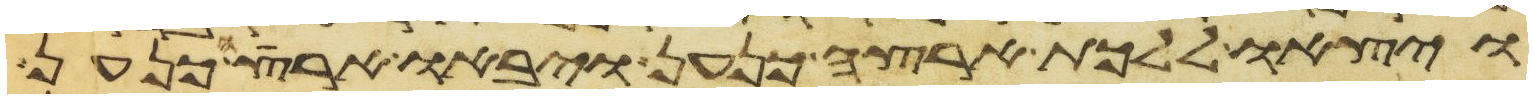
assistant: ויצאו ללכת ארצה כנען ויבאו ארצה כנען